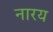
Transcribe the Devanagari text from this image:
नारय